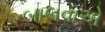
બાલવાએ